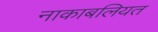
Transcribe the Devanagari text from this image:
नाकाबलियत